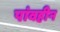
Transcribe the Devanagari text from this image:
पांवहीन